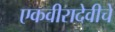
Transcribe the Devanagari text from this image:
एकवीरादेवीचे